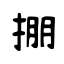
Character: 掤